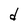
Character: d